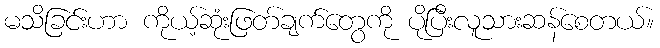
မသိခြင်းဟာ ကိုယ့်ဆုံးဖြတ်ချက်တွေကို ပိုပြီးလူသားဆန်စေတယ်။